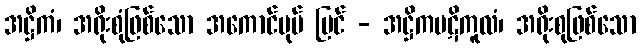
အဋ္ဌိကံ၊ အရိုးစုံဖြစ်သော အကောင်ပုပ် မြင် - အဋ္ဌိကပဋိကူလံ၊ အရိုးစုဖြစ်သော